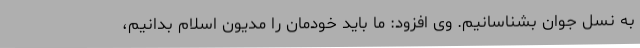
به نسل جوان بشناسانیم. وی افزود: ما باید خودمان را مدیون اسلام بدانیم،